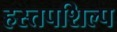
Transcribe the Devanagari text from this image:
हस्तपशिल्प